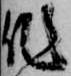
作